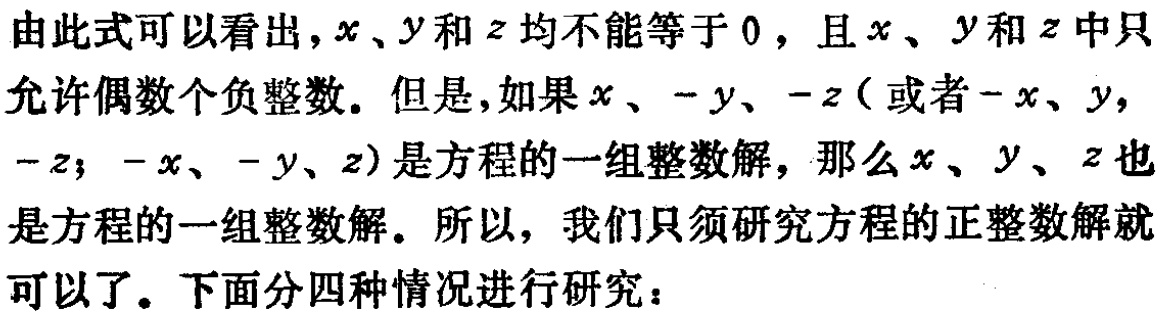
由此式可以看出，\(x\)、\(y\)和\(z\)均不能等于\(0\)，且\(x\)、\(y\)和\(z\)中只允许偶数个负整数。但是，如果\(x\)、\(-y\)、\(-z\)（或者\(-x\)、\(y\)，\(-z\)；\(-x\)、\(-y\)、\(z\)）是方程的一组整数解，那么\(x\)、\(y\)、\(z\)也是方程的一组整数解。所以，我们只须研究方程的正整数解就可以了。下面分四种情况进行研究：